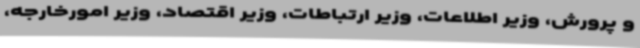
و پرورش، وزیر اطلاعات، وزیر ارتباطات، وزیر اقتصاد، وزیر امورخارجه،